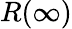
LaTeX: R(\infty)